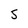
Character: 5